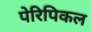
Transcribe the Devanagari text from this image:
पेरिपिकल